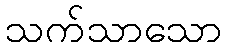
သက်သာသော